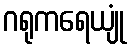
ဂရုကရေယျုံ